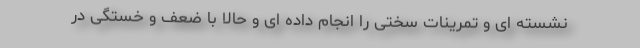
نشسته ای و تمرینات سختی را انجام داده ای و حالا با ضعف و خستگی در